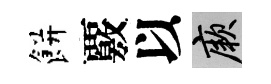
餅覈以厥